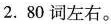
2. 80词左右。